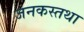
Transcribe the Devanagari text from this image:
जनकस्तथा